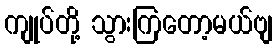
ကျုပ်တို့ သွားကြတော့မယ်ဗျ